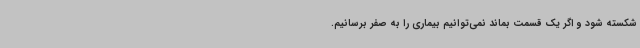
شکسته شود و اگر یک قسمت بماند نمی‌توانیم بیماری را به صفر برسانیم.